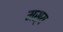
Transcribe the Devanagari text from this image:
मस्य